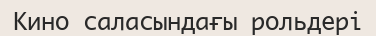
Кино саласындағы рольдері